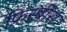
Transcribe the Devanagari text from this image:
फ्रिस्बीस